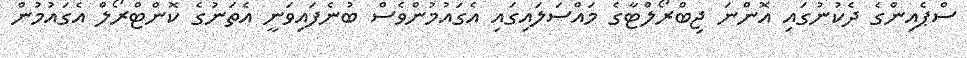
ސްޕެއިންގެ ދެކުނުގައި އޮންނަ ޖިބްރޯލްޓާގެ މައްސަލައިގައި އެގައުމުންވެސް ބުނެފައިވަނީ އެތަނުގެ ކޮންޓްރޯލް އެގައުމުން